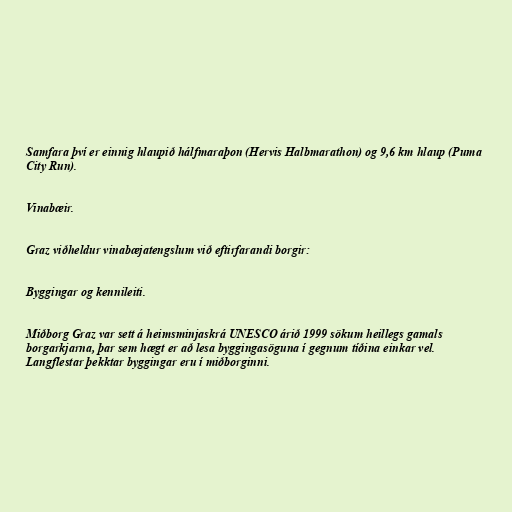
Samfara því er einnig hlaupið hálfmaraþon (Hervis Halbmarathon) og 9,6 km hlaup (Puma
City Run).

Vinabæir.

Graz viðheldur vinabæjatengslum við eftirfarandi borgir:

Byggingar og kennileiti.

Miðborg Graz var sett á heimsminjaskrá UNESCO árið 1999 sökum heillegs gamals
borgarkjarna, þar sem hægt er að lesa byggingasöguna í gegnum tíðina einkar vel.
Langflestar þekktar byggingar eru í miðborginni.